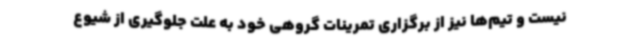
نیست و تیم‌ها نیز از برگزاری تمرینات گروهی خود به علت جلوگیری از شیوع